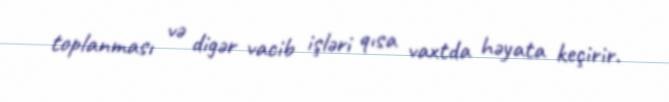
toplanması və digər vacib işləri qısa vaxtda həyata keçirir.